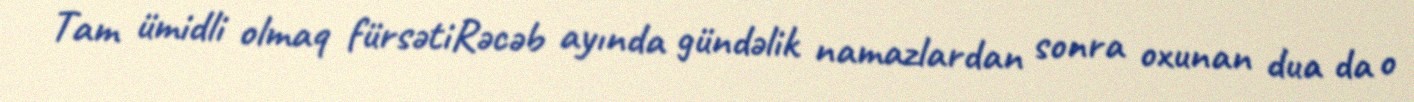
Tam ümidli olmaq fürsətiRəcəb ayında gündəlik namazlardan sonra oxunan dua da o